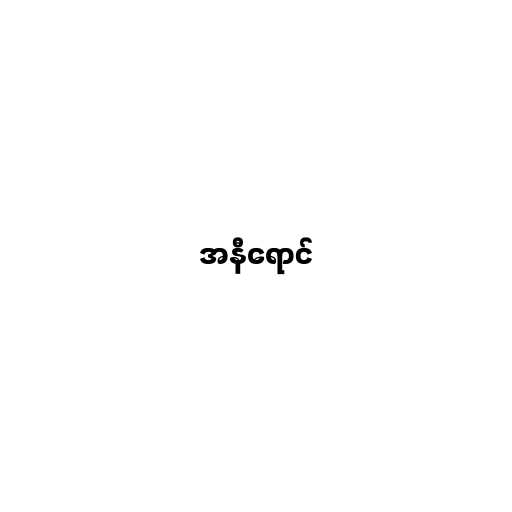
အနီရောင်